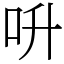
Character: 呏